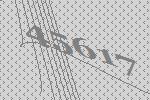
45617